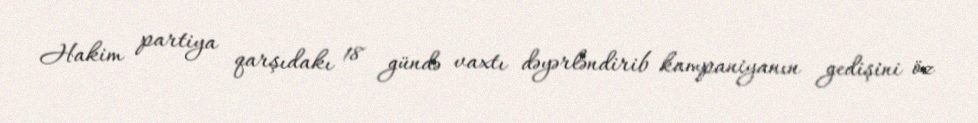
Hakim partiya qarşıdakı 18 gündə vaxtı dəyərləndirib kampaniyanın gedişini öz